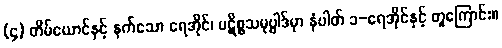
(၄) တိမ်ယောင်နှင့် နက်သော ရေအိုင်၊ ပဋိစ္စသမုပ္ပါဒ်မှာ နံပါတ် ၁-ရေအိုင်နှင့် တူကြောင်း။